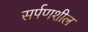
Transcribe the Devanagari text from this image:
सर्पणशील